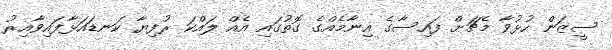
ސީޒަން ހުޅުވާ މެޗަށް ފައިސާގެ އިނާމެއްގެ ގޮތުގައި އެއް ލައްކަ ރުފިޔާ ކަނޑައަޅާފައިވާއިރު